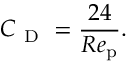
C _ { \mathrm { ~ D ~ } } = \frac { 2 4 } { R e _ { \mathrm { p } } } .